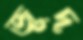
জুদ